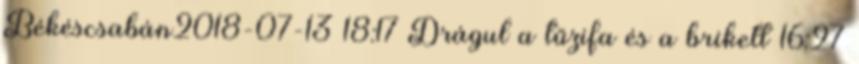
Békéscsabán2018-07-13 18:17 Drágul a tűzifa és a brikett 16:27